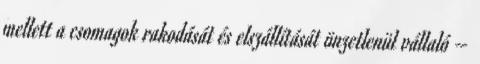
mellett a csomagok rakodását és elszállítását önzetlenül vállaló –